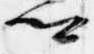
卿